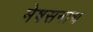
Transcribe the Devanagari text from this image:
मेषसनाथ